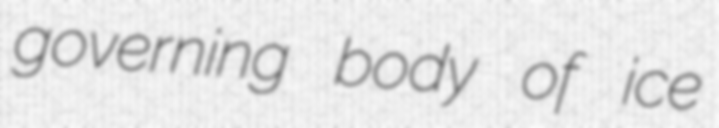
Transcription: governing body of ice